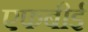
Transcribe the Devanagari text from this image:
एफबीई